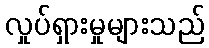
လှုပ်ရှားမှုများသည်